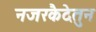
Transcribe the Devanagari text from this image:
नजरकैदेतुन